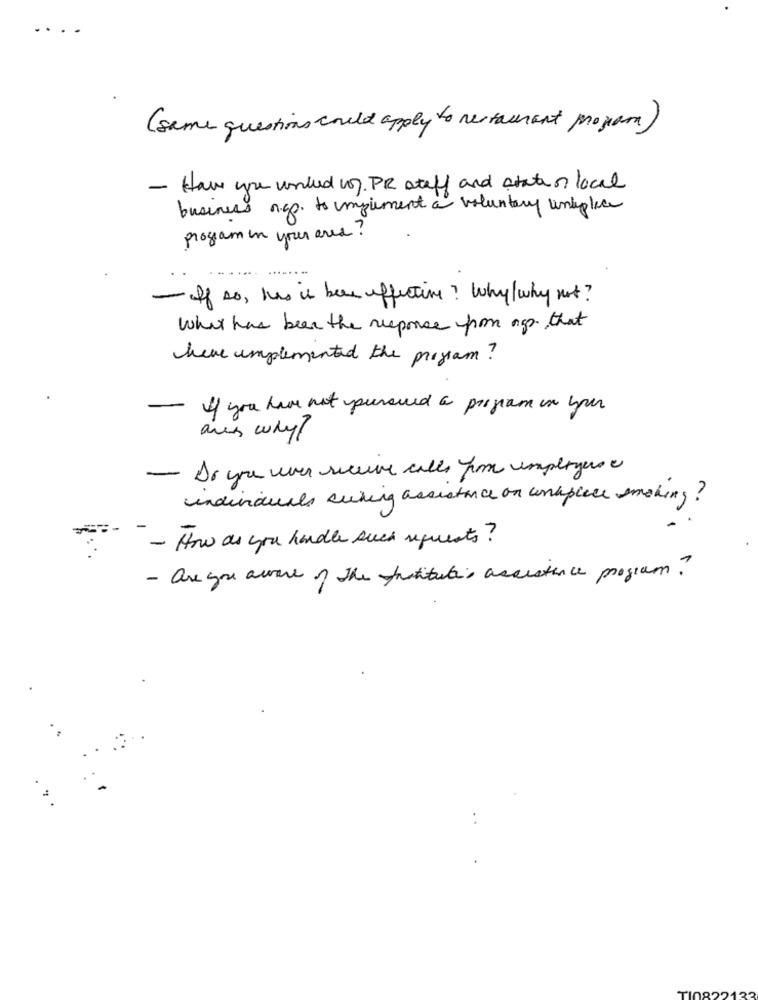
... .
( same questions would apply to restaurant programa )
- Have you writed wy. PR steff and state ? local
business a.go. to implement a voluntary unteplice
program in your area ?
- If so, has is been effective? Why why not?
what has been the response from ago that
have implemented the program?
-
If you have not pursued a program in your
ans why?
- Do you when secure calls for employers
individuals sucking assistance on workplace smoking?
- How as you handle such requests?
- are you aware of the prostitutes assistance program?